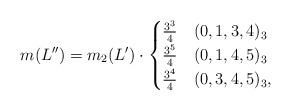
LaTeX: \begin{align*}m(L'')=m_2(L')\cdot \begin{cases}\frac{3^3}{4}& (0,1,3,4)_3\\\frac{3^5}{4} & (0,1,4,5)_3\\\frac{3^4}{4} & (0,3,4,5)_3,\end{cases}\end{align*}